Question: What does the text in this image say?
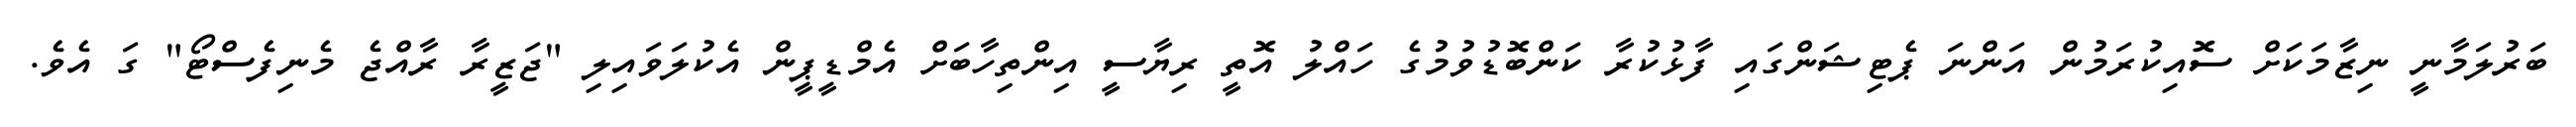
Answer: ބަރުލަމާނީ ނިޒާމަކަށް ސޮއިކުރަމުން އަންނަ ޕެޓިޝަންގައި ފާޅުކުރާ ކަންބޮޑުވުމުގެ ހައްލު އޮތީ ރިޔާސީ އިންތިހާބަށް އެމްޑީޕީން އެކުލަވައިލި "ޖަޒީރާ ރާއްޖެ މެނިފެސްޓޯ" ގަ އެވެ.